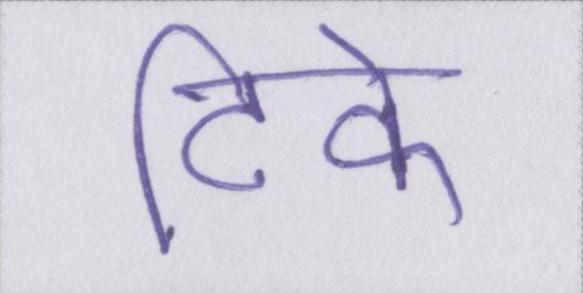
टिके